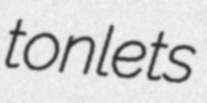
tonlets